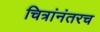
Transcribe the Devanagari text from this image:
चित्रांनंतरच